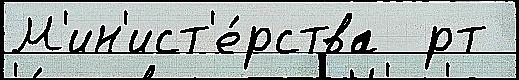
М'ин'ист'е́рства  рт